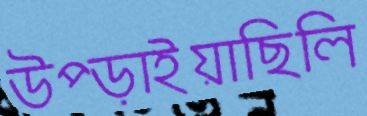
উপ্‌ড়াইয়াছিলি